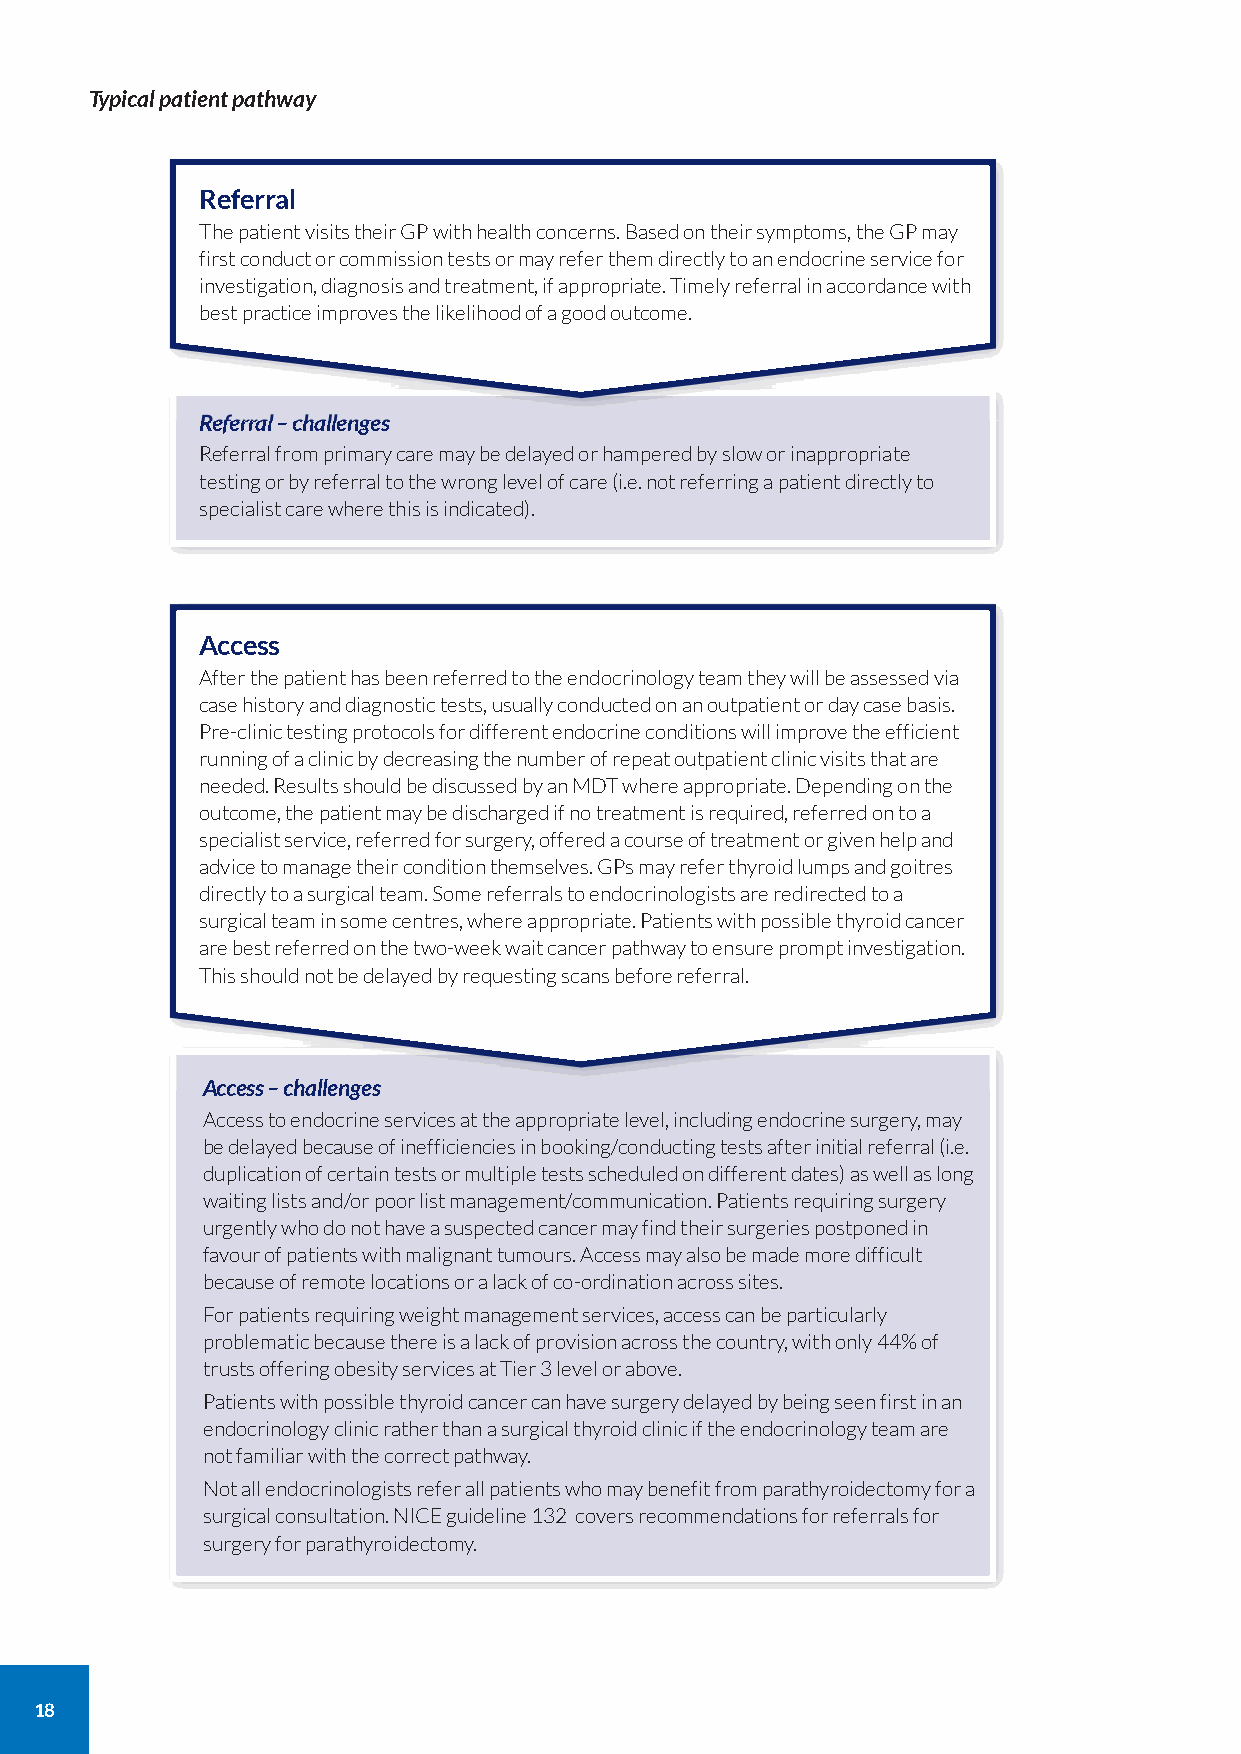
Typical patient pathway
 Referral
 The patient visits their GP with health concerns. Based on their symptoms, the GP may
 first conduct or commission tests or may refer them directly to an endocrine service for
 investigation, diagnosis and treatment, if appropriate. Timely referral in accordance with
 best practice improves the likelihood of a good outcome.
 Referral – challenges
 Referral from primary care may be delayed or hampered by slow or inappropriate
 testing or by referral to the wrong level of care (i.e. not referring a patient directly to
 specialist care where this is indicated).
 Access
 After the patient has been referred to the endocrinology team they will be assessed via
 case history and diagnostic tests, usually conducted on an outpatient or day case basis.
 Pre-clinic testing protocols for different endocrine conditions will improve the efficient
 running of a clinic by decreasing the number of repeat outpatient clinic visits that are
 needed. Results should be discussed by an MDT where appropriate. Depending on the
 outcome, the patient may be discharged if no treatment is required, referred on to a
 specialist service, referred for surgery, offered a course of treatment or given help and
 advice to manage their condition themselves. GPs may refer thyroid lumps and goitres
 directly to a surgical team. Some referrals to endocrinologists are redirected to a
 surgical team in some centres, where appropriate. Patients with possible thyroid cancer
 are best referred on the two-week wait cancer pathway to ensure prompt investigation.
 This should not be delayed by requesting scans before referral.
 Access – challenges
 Access to endocrine services at the appropriate level, including endocrine surgery, may
 be delayed because of inefficiencies in booking/conducting tests after initial referral (i.e.
 duplication of certain tests or multiple tests scheduled on different dates) as well as long
 waiting lists and/or poor list management/communication. Patients requiring surgery
 urgently who do not have a suspected cancer may find their surgeries postponed in
 favour of patients with malignant tumours. Access may also be made more difficult
 because of remote locations or a lack of co-ordination across sites.
 For patients requiring weight management services, access can be particularly
 problematic because there is a lack of provision across the country, with only 44% of
 trusts offering obesity services at Tier 3 level or above.
 Patients with possible thyroid cancer can have surgery delayed by being seen first in an
 endocrinology clinic rather than a surgical thyroid clinic if the endocrinology team are
 not familiar with the correct pathway.
 Not all endocrinologists refer all patients who may benefit from parathyroidectomy for a
 surgical consultation. NICE guideline 132 covers recommendations for referrals for
 surgery for parathyroidectomy.
 18